Problem: 45 + 17 = ?
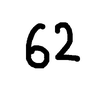
Handwritten answer: 62